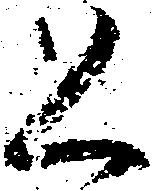
恐